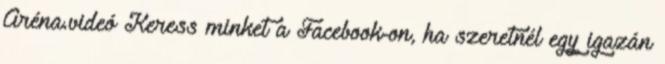
Aréna.videó Keress minket a Facebook-on, ha szeretnél egy igazán